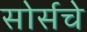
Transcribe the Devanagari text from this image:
सोर्सचे